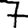
Digit: 7